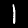
Digit: 1